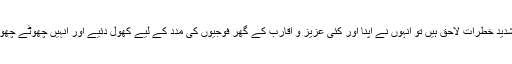
ام اقصیٰ نے جب دیکھا کہ عراقی فوجیوں کی جانوں کو شدید خطرات لاحق ہیں تو انہوں نے اپنا اور کئی عزیز و اقارب کے گھر فوجیوں کی مدد کے لیے کھول دئیے اور انہیں چھوٹے چھوٹے گروپس کی شکل میں مختلف جگہوں پر چھپا دیا گیا۔